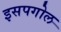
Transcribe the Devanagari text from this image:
इसपगोल